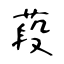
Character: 葮